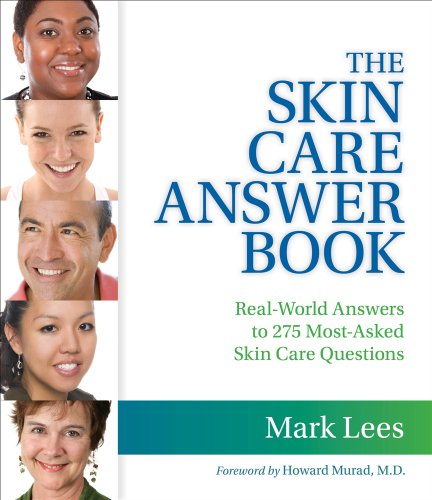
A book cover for The Skin Care Answer Book; Mark Lees; Health, Fitness & Dieting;